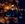
أنت